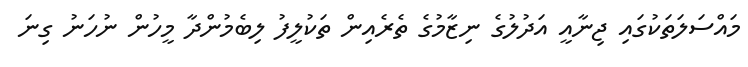
މައްސަލަތަކުގައި ޖިނާއީ އަދުލުގެ ނިޒާމުގެ ތެރެއިން ތަކުލީފު ލިބެމުންދާ މީހުން ނުހަނު ގިނަ